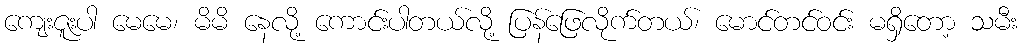
ကျေးဇူးပါ မေမေ၊ မိမိ နေလို့ ကောင်းပါတယ်လို့ ပြန်ဖြေလိုက်တယ်၊ မောင်တင်ဝင်း မရှိတော့ သမီး